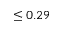
\leq 0 . 2 9